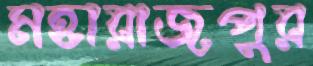
মহারাজপুর